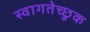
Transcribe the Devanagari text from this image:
स्वागतेच्छुक